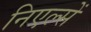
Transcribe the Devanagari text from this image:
निएल्सें